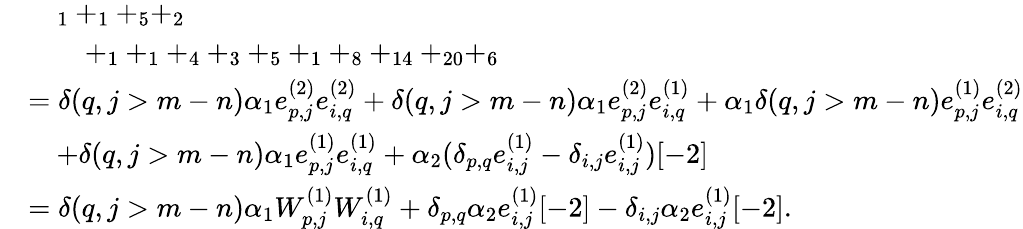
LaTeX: \begin{array}{rl}&{\quad_{1}+_{1}+_{5}+_{2}}\\ &{\qquad+_{1}+_{1}+_{4}+_{3}+_{5}+_{1}+_{8}+_{14}+_{20}+_{6}}\\ &{=\delta(q,j>m-n)\alpha_{1}e_{p,j}^{(2)}e_{i,q}^{(2)}+\delta(q,j>m-n)\alpha_{1}e_{p,j}^{(2)}e_{i,q}^{(1)}+\alpha_{1}\delta(q,j>m-n)e_{p,j}^{(1)}e_{i,q}^{(2)}}\\ &{\quad+\delta(q,j>m-n)\alpha_{1}e_{p,j}^{(1)}e_{i,q}^{(1)}+\alpha_{2}(\delta_{p,q}e_{i,j}^{(1)}-\delta_{i,j}e_{i,j}^{(1)})[-2]}\\ &{=\delta(q,j>m-n)\alpha_{1}W_{p,j}^{(1)}W_{i,q}^{(1)}+\delta_{p,q}\alpha_{2}e_{i,j}^{(1)}[-2]-\delta_{i,j}\alpha_{2}e_{i,j}^{(1)}[-2].}\end{array}